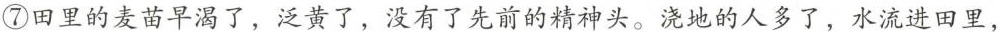
⑦田里的麦苗早渴了，泛黄了，没有了先前的精神头。浇地的人多了，水流进田里，